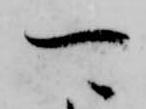
可